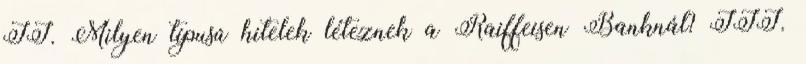
II. Milyen típusú hitelek léteznek a Raiffeisen Banknál? III.